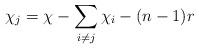
LaTeX: \begin{align*}\chi_j = \chi - \sum\limits_{i \neq j} \chi_i - (n-1)r\end{align*}